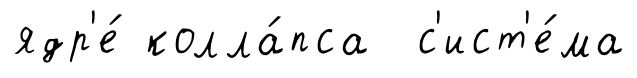
ядр'е́ колла́пса с'ист'е́ма